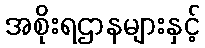
အစိုးရဌာနများနှင့်